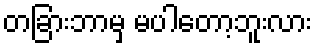
တခြားဘာမှ မပါတော့ဘူးလား